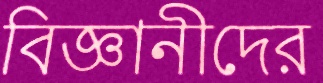
বিজ্ঞানীদের